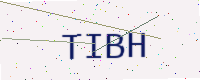
Text: TIBH